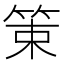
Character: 䇿